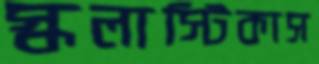
স্কলাস্টিকাস